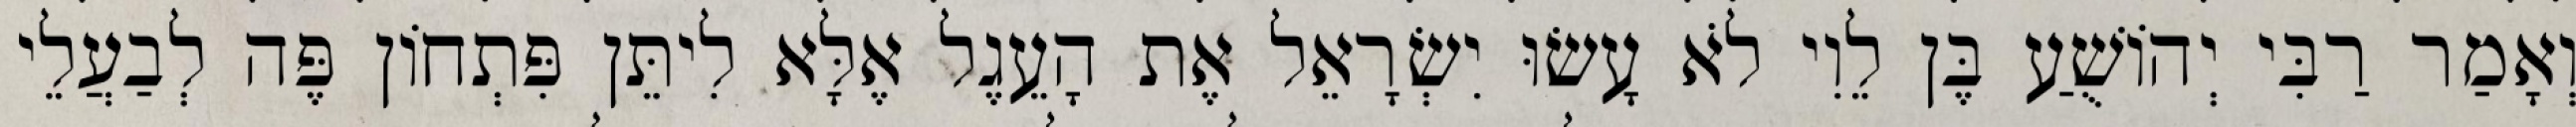
וְאָמַר רַבִּי יְהוֹשֻׁעַ בֶּן לֵוִי לֹא עָשׂוּ יִשְׂרָאֵל אֶת הָעֵגֶל אֶלָּא לִיתֵּן פִּתְחוֹן פֶּה לְבַעֲלֵי